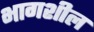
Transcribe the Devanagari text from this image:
भागशील